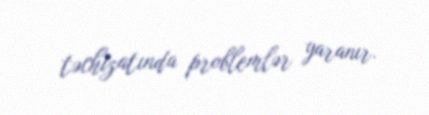
təchizatında problemlər yaranır.